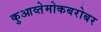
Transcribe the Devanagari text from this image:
कुआव्तेमोकबरोबर